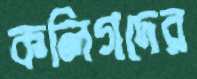
কলিগদের